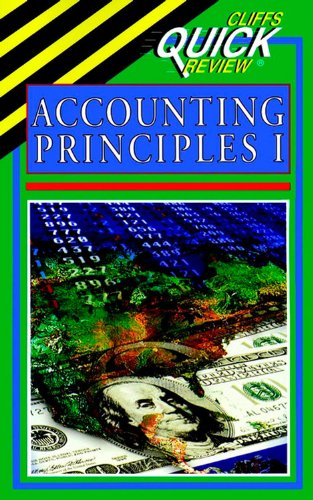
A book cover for Accounting Principles I (Cliffs Quick Review); Elizabeth A Minbiole; Test Preparation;